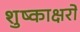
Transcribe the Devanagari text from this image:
शुष्काक्षरों